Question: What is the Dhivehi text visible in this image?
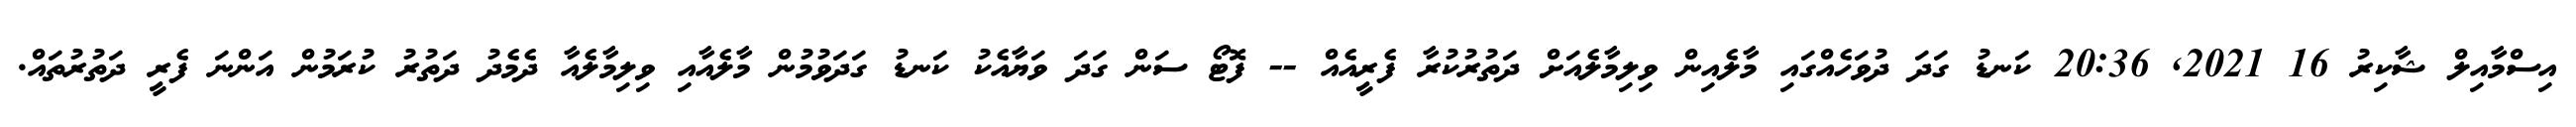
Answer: އިސްމާއިލް ޝާކިރު 16 2021, 20:36 ކަނޑު ގަދަ ދުވަހެއްގައި މާލެއިން ވިލިމާލެއަށް ދަތުރުކުރާ ފެރީއެއް -- ފޮޓޯ ސަން ގަދަ ވަޔާއެކު ކަނޑު ގަދަވުމުން މާލެއާއި ވިލިމާލެއާ ދެމެދު ދަތުރު ކުރަމުން އަންނަ ފެރީ ދަތުރުތައް.